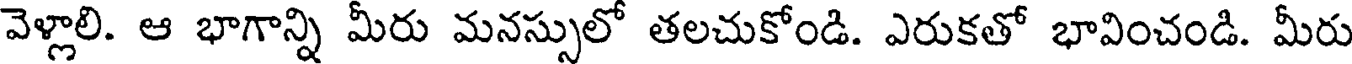
వెళ్లాలి. ఆ భాగాన్ని మీరు మనస్సులో తలచుకోండి. ఎరుకతో భావించండి. మీరు